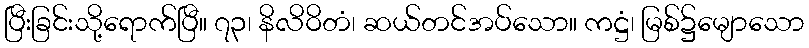
ပြီးခြင်းသို့ရောက်ပြီ။ ၇၃၊ နိလိဝိတံ၊ ဆယ်တင်အပ်သော။ ကဋ္ဌံ၊ မြစ်၌မျောသော